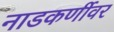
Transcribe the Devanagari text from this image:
नाडकर्णीवर